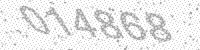
Solution: 014868